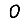
Digit: 0